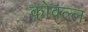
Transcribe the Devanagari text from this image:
कोक्ल्ल